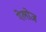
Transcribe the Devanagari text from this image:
गेलोज